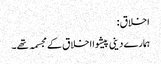
اخلاق :
ہمارے دینی پیشوا اخلاق کے مجسمہ تھے۔